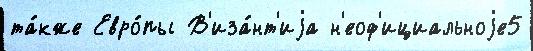
та́кже Евро́пы В'иза́нт'иjа н'еоф'ициальноjе5